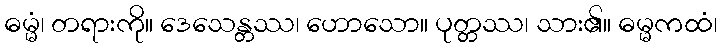
ဓမ္မံ၊ တရားကို။ ဒေသေန္တဿ၊ ဟောသော။ ပုတ္တဿ၊ သား၏။ ဓမ္မကထံ၊